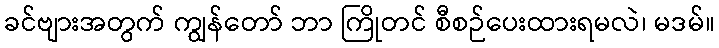
ခင်ဗျားအတွက် ကျွန်တော် ဘာ ကြိုတင် စီစဉ်ပေးထားရမလဲ၊ မဒမ်။